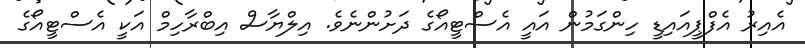
އެއިރު އެފްޕީއައިޑީ ހިންގަމުން އައީ އެސްޓީއޯގެ ދަށުންނެވެ. އިލްޔާސް އިބްރާހިމް އަކީ އެސްޓީއޯގެ